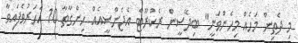
މި ދެތިން މަހެއް މިހެންވަނީ" ބިދޭސީން ރެކްރޫޓް އެޖެންސީއެއް ހިންގާތާ 10 އަހަރުވެފައިވާ